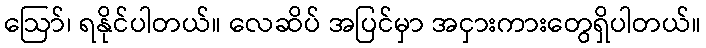
ဩော်၊ ရနိုင်ပါတယ်။ လေဆိပ် အပြင်မှာ အငှားကားတွေရှိပါတယ်။